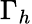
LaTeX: \Gamma_{h}